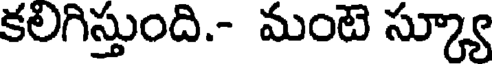
కలగిస్తుంది.- మంటె స్క్యూ